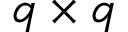
q \times q